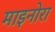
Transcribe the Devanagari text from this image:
माइनोरा